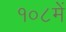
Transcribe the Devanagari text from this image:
१०८में